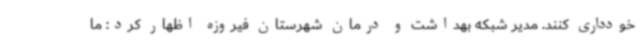
خودداری کنند. مدیر شبکه بهداشت و درمان شهرستان فیروزه اظهار کرد: ما